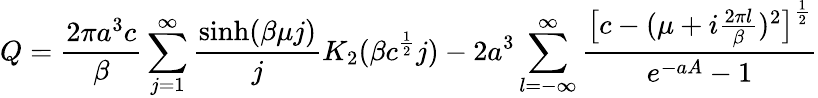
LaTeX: Q=\frac{2\pi a^{3}c}{\beta}\sum_{j=1}^{\infty}\frac{\sinh(\beta\mu j)}{j}K_{2}(\beta c^{\frac{1}{2}}j)-2a^{3}\sum_{l=-\infty}^{\infty}\frac{\bigl[c-(\mu+i\frac{2\pi l}{\beta})^{2}\bigr]^{\frac{1}{2}}}{e^{-aA}-1}